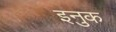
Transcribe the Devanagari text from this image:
इनुक